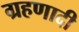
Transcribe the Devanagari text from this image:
ग्रहणादी